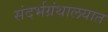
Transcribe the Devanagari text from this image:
संदर्भग्रंथालयात